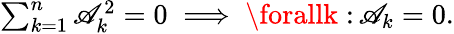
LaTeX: \textstyle\sum_{k=1}^{n}\mathscr{A}_{k}^{2}=0\; \Longrightarrow\; \forallk\; \colon\mathscr{A}_{k}=0.